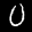
Label: 0